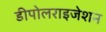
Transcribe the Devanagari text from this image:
डीपोलराइजेशन